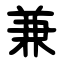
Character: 兼